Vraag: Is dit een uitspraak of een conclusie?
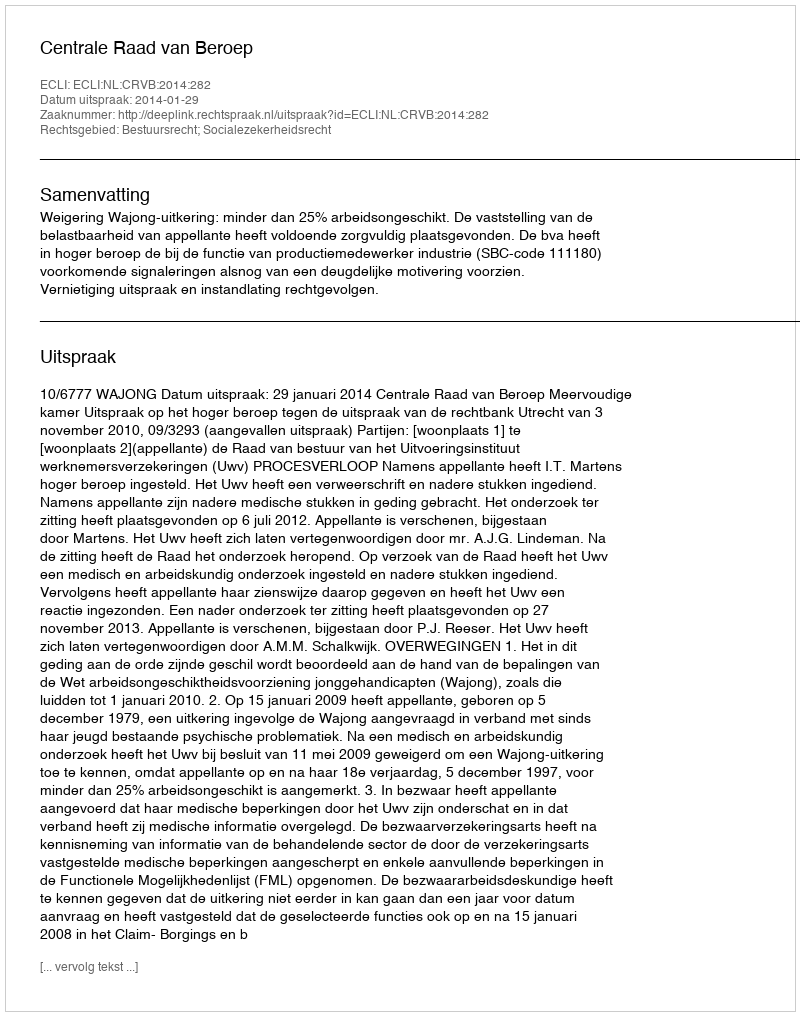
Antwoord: Uitspraak